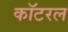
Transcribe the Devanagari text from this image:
कॉटरल